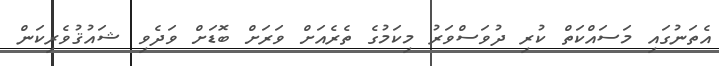
އެތަނުގައި މަސައްކަތް ކުރި ދުވަސްވަރު މިކަމުގެ ތެރެއަށް ވަރަށް ބޮޑަށް ވަދެވި ޝައުޤުވެރިކަން